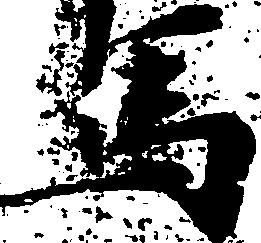
馬